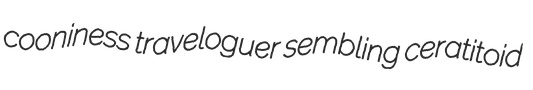
cooniness traveloguer sembling ceratitoid